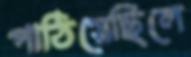
পাঠিয়েছিলে